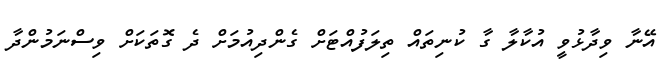
އޭނާ ވިދާޅުވީ އުކާލާ ގާ ކުނިތައް ތިލަފުއްޓަށް ގެންދިއުމަށް ދެ ގޮތަކަށް ވިސްނަމުންދާ